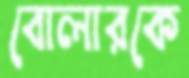
বোলারকে